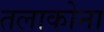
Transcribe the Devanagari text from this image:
तलाकोना